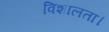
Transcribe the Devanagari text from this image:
विशालता।